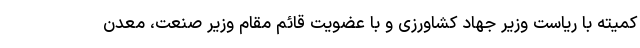
کمیته با ریاست وزیر جهاد کشاورزی و با عضویت قائم مقام وزیر صنعت، معدن